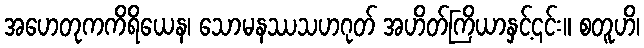
အဟေတုကကိရိယေန၊ သောမနဿသဟဂုတ် အဟိတ်ကြိယာနှင့်၎င်း။ စတူဟိ၊